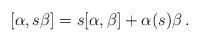
LaTeX: \begin{align*} [\alpha,s\beta] = s[\alpha,\beta] +\alpha(s) \beta\,. \end{align*}